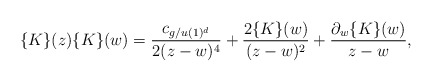
\begin{align*}\{K\}(z)\{K\}(w)={c_{g/u(1)^d}\over2(z-w)^4}+{2\{K\}(w)\over(z-w)^2}+{{\partial_w \{K\}(w)\over{z-w}}},\end{align*}